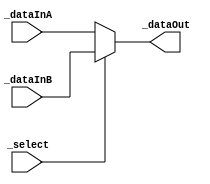
`timescale 1ns / 1ps
//////////////////////////////////////////////////////////////////////////////////
// Company: 
// Engineer: 
// 
// Design Name: 
// Module Name: DataSelector_4bit
// Project Name: 
// Target Devices: 
// Tool Versions: 
// Description: 
// 
// Dependencies: 
// 
// Revision:
// Revision 0.01 - File Created
// Additional Comments:
// 
//////////////////////////////////////////////////////////////////////////////////


module DataSelector_4bit(
//define inputs
input [7:0] _dataInA, 
input [7:0] _dataInB,
input _select,

//define outputs
output [7:0] _dataOut
    );
    
    
assign _dataOut = (_select == 1'b1)? _dataInB:_dataInA;
    
endmodule